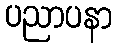
ပညာပနာ